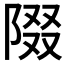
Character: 𨺝